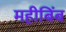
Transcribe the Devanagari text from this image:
महीबिंब